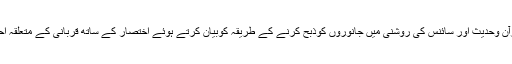
‘‘ ڈاکٹر شفیق الرحمن کیلانی ﷾ کا مرتب شدہ ہے جس میں انہوں نے قرآن وحدیث اور سائنس کی روشنی میں جانوروں کوذبح کرنے کے طریقہ کوبیان کرتے ہوئے اختصار کے ساتھ قربانی کے متعلقہ احکام ومسائل اور قربانی کے جانور کے اوصاف کوبھی بیان کردیا ہے ۔